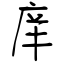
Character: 庠